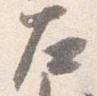
左